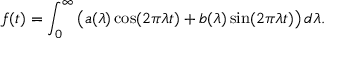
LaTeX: f ( t ) = \int _ { 0 } ^ { \infty } { \bigl ( } a ( \lambda ) \cos ( 2 \pi \lambda t ) + b ( \lambda ) \sin ( 2 \pi \lambda t ) { \bigr ) } \, d \lambda .